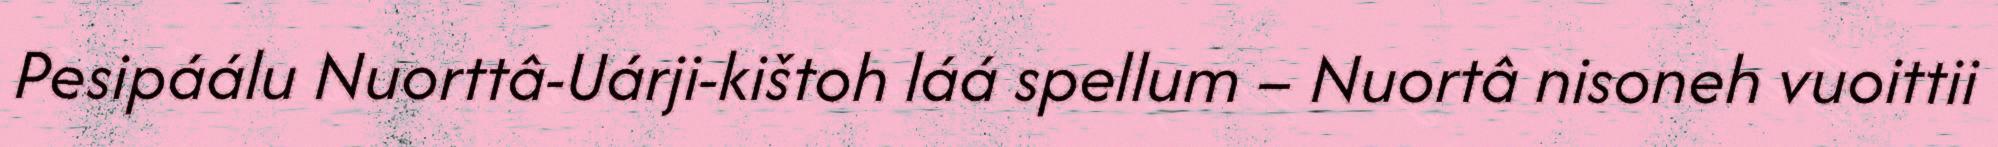
Pesipáálu Nuorttâ-Uárji-kištoh láá spellum – Nuortâ nisoneh vuoittii